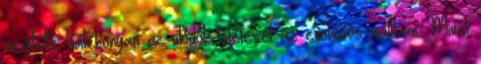
segítette hatékonyan az utódok túlélését az evolúciós múltban. Mivel